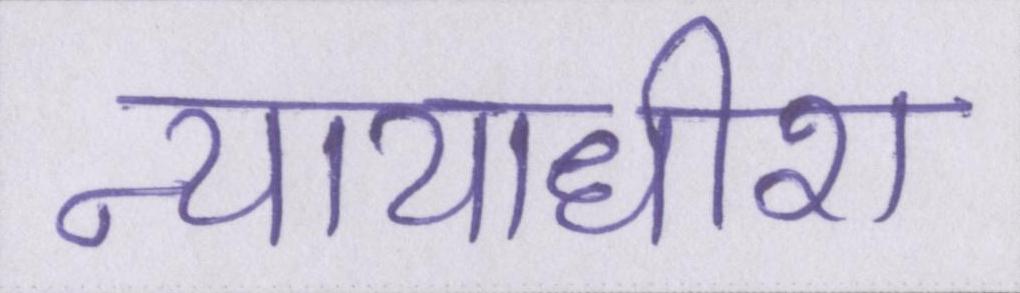
न्यायाधीश